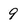
Character: 9